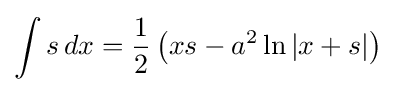
\int s\,dx={\frac {1}{2}}\left(xs-a^{2}\ln \left|x+s\right|\right)